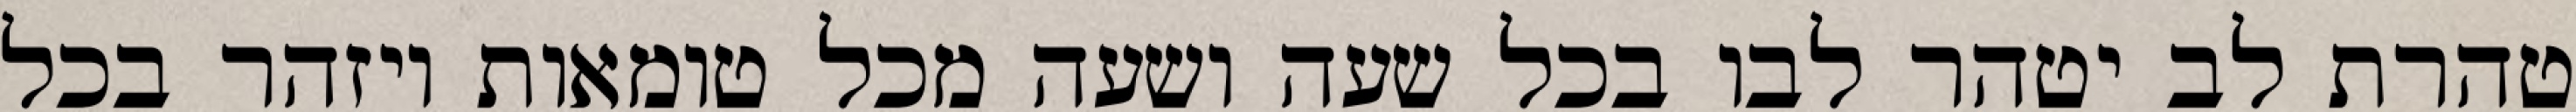
טהרת לב יטהר לבו בכל שעה ושעה מכל טומאות ויזהר בכל